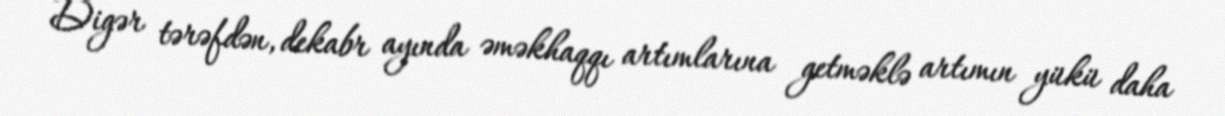
Digər tərəfdən, dekabr ayında əməkhaqqı artımlarına getməklə artımın yükü daha